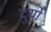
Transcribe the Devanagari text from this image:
दुर्यो